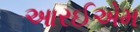
આરઈએમ